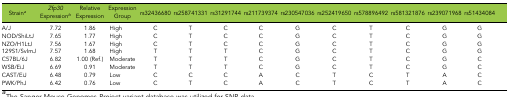
<table><thead><tr><td><b>Strain<i><sup>a</sup></i></b></td><td><b><i>Zfp30</i> Expression<i><sup>b</sup></i></b></td><td><b>Relative Expression</b></td><td><b>Expression Group</b></td><td><b>rs32436680</b></td><td><b>rs258741331</b></td><td><b>rs31291744</b></td><td><b>rs211739374</b></td><td><b>rs230547036</b></td><td><b>rs252419650</b></td><td><b>rs578896492</b></td><td><b>rs581321876</b></td><td><b>rs239071968</b></td><td><b>rs51434084</b></td></tr></thead><tbody><tr><td>A/J</td><td>7.72</td><td>1.86</td><td>High</td><td>C</td><td>T</td><td>C</td><td>C</td><td>G</td><td>C</td><td>T</td><td>C</td><td>G</td><td>G</td></tr><tr><td>NOD/ShiLtJ</td><td>7.65</td><td>1.77</td><td>High</td><td>C</td><td>T</td><td>C</td><td>C</td><td>G</td><td>C</td><td>T</td><td>C</td><td>G</td><td>G</td></tr><tr><td>NZO/H1LtJ</td><td>7.56</td><td>1.67</td><td>High</td><td>C</td><td>T</td><td>C</td><td>C</td><td>G</td><td>C</td><td>T</td><td>C</td><td>G</td><td>G</td></tr><tr><td>129S1/SvImJ</td><td>7.57</td><td>1.68</td><td>High</td><td>T</td><td>T</td><td>T</td><td>C</td><td>G</td><td>C</td><td>T</td><td>C</td><td>G</td><td>G</td></tr><tr><td>C57BL/6J</td><td>6.82</td><td>1.00 (Ref.)</td><td>Moderate</td><td>T</td><td>T</td><td>T</td><td>C</td><td>G</td><td>C</td><td>T</td><td>C</td><td>G</td><td>C</td></tr><tr><td>WSB/EiJ</td><td>6.69</td><td>0.91</td><td>Moderate</td><td>T</td><td>T</td><td>T</td><td>C</td><td>G</td><td>C</td><td>T</td><td>C</td><td>G</td><td>C</td></tr><tr><td>CAST/EiJ</td><td>6.48</td><td>0.79</td><td>Low</td><td>C</td><td>C</td><td>C</td><td>A</td><td>C</td><td>T</td><td>C</td><td>T</td><td>A</td><td>C</td></tr><tr><td>PWK/PhJ</td><td>6.42</td><td>0.76</td><td>Low</td><td>C</td><td>T</td><td>C</td><td>A</td><td>C</td><td>T</td><td>C</td><td>T</td><td>A</td><td>C</td></tr></tbody></table>